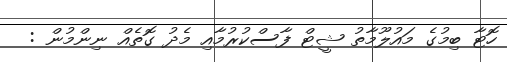
ހޮޓާ ބިމުގެ މައުލޫމާތު ޝީޓް ފާސްކުރުމާއި މެދު ގޮތެއް ނިންމުން :